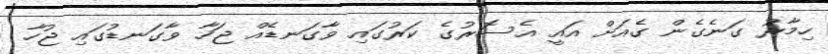
ހިމާރު ގަނެގެން ގެއަށް އައީ އެސޮރުގެ ކަރުގައި ވާގަނޑެއް ޖަހާ ވާގަނޑުގައި ޖުހާ